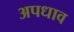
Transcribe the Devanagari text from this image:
अपधाव